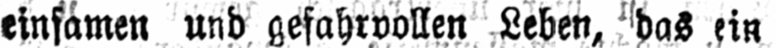
einsamen und gefahrvollen Leben, das ein